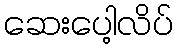
ဆေးပေါ့လိပ်